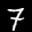
Label: 7